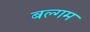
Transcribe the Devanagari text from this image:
बल्गम